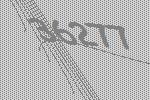
36277